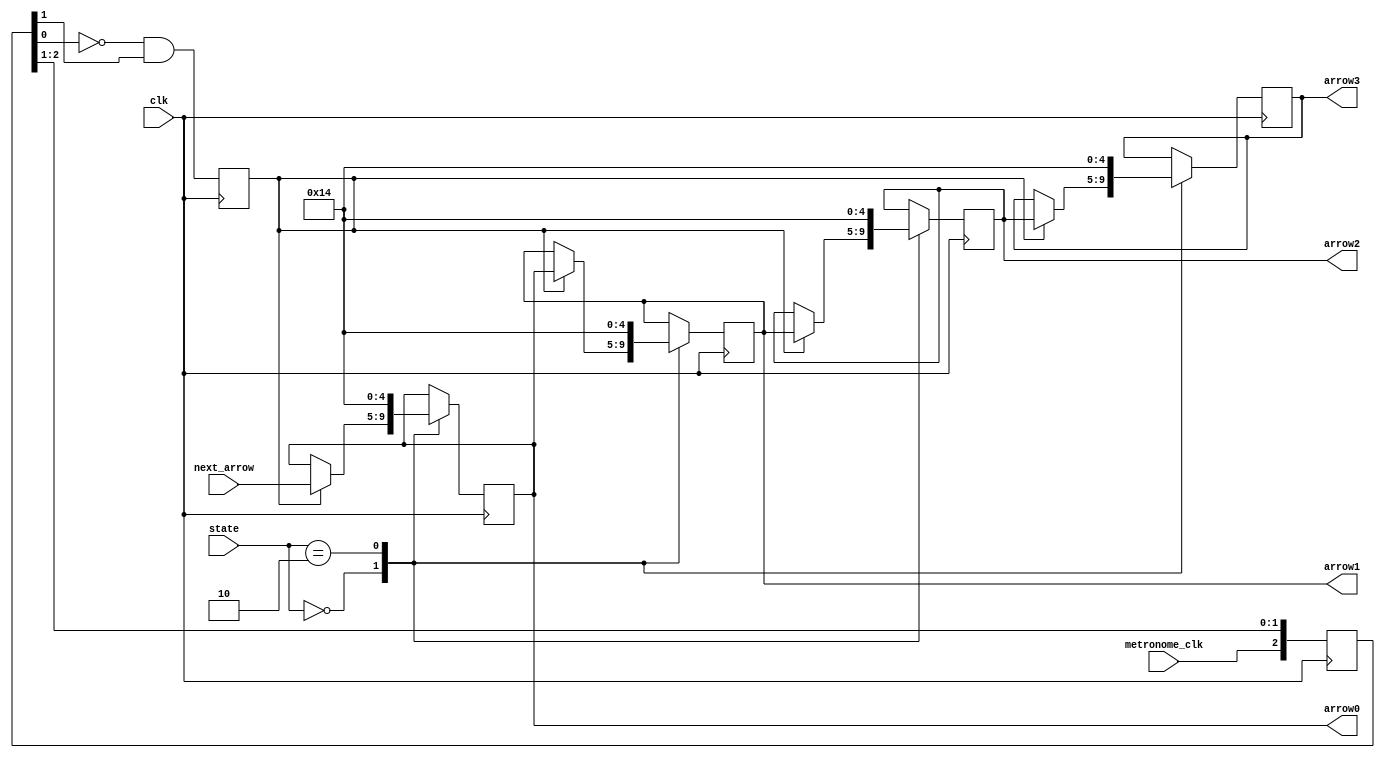
`timescale 1ns / 1ps

module arrow
(arrow0, arrow1, arrow2, arrow3,clk, metronome_clk, next_arrow, state);

input clk,metronome_clk;
input [4:0] next_arrow;
input [1:0] state;
parameter BeginState = 0;
parameter ResetState = 2;
output [4:0] arrow0;
output [4:0] arrow1;
output [4:0] arrow2;
output [4:0] arrow3;
reg [4:0] Regtmp = 20;
reg [4:0] Reg1tmp= 20;

reg [4:0] Reg2tmp = 20;
reg [4:0] Reg3tmp = 20;
reg [2:0] clockReg = 0;
reg Isposclock = 0;
    
always @ (posedge clk) begin                            // In here we created a Posetive clock always block to determin if it is positive
    clockReg <= {metronome_clk, clockReg[2:1]};
	 Isposclock <= ~clockReg[0] & clockReg[1];
end

always @ (posedge clk) begin
    case(state)                              //It buffer the current arrows and then we pass it into the display module and the collision module
        BeginState: begin
            if(Isposclock) begin
            Reg3tmp = Reg2tmp;Reg2tmp = Reg1tmp;Reg1tmp = Regtmp;Regtmp = next_arrow;
            end
        end
        ResetState: begin
            Reg3tmp = 20;Reg2tmp = 20;Reg1tmp = 20;Regtmp = 20;
        end
    endcase
end
assign arrow0 = Regtmp,arrow1 = Reg1tmp,arrow2 = Reg2tmp,arrow3 = Reg3tmp;

endmodule